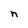
Character: n